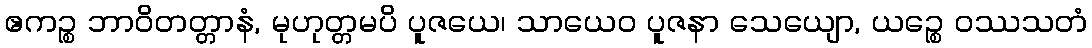
ဧကဉ္စ ဘာဝိတတ္တာနံ, မုဟုတ္တမပိ ပူဇယေ၊ သာယေဝ ပူဇနာ သေယျော, ယဉ္စေ ဝဿသတံ